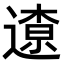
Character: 𨖚